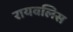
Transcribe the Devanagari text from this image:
रायवलिस